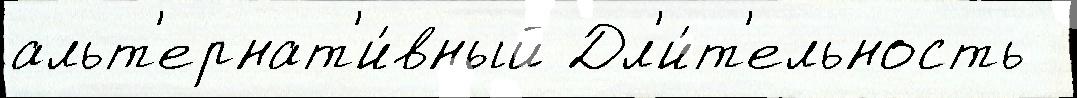
альт'ернат'и́вный Дл'и́т'ельность